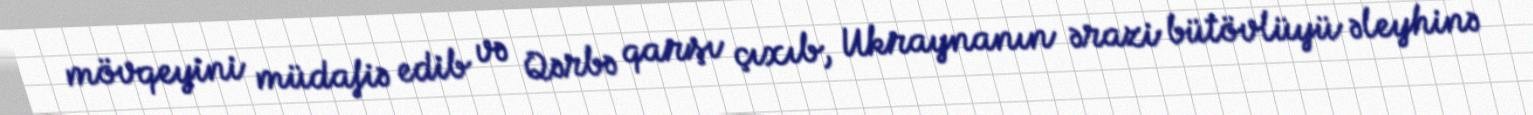
mövqeyini müdafiə edib və Qərbə qarşı çıxıb, Ukraynanın ərazi bütövlüyü əleyhinə